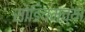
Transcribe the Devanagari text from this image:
सोडियमच्या